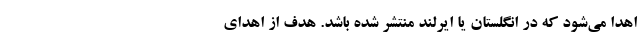
اهدا می‌شود که در انگلستان یا ایرلند منتشر شده باشد. هدف از اهدای